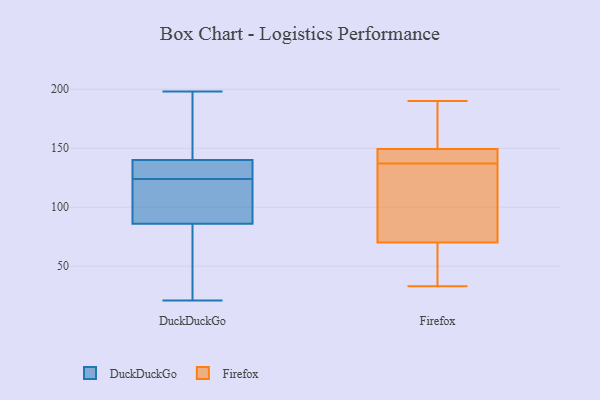
{"axis": {"x": "Humidity (%)", "y": "Value"}, "legend": ["DuckDuckGo", "Firefox"], "data": [{"x": "", "y": 95, "type": "DuckDuckGo"}, {"x": "", "y": 198, "type": "DuckDuckGo"}, {"x": "", "y": 54, "type": "DuckDuckGo"}, {"x": "", "y": 79, "type": "DuckDuckGo"}, {"x": "", "y": 92, "type": "DuckDuckGo"}, {"x": "", "y": 133, "type": "DuckDuckGo"}, {"x": "", "y": 115, "type": "DuckDuckGo"}, {"x": "", "y": 136, "type": "DuckDuckGo"}, {"x": "", "y": 86, "type": "DuckDuckGo"}, {"x": "", "y": 21, "type": "DuckDuckGo"}, {"x": "", "y": 135, "type": "DuckDuckGo"}, {"x": "", "y": 183, "type": "DuckDuckGo"}, {"x": "", "y": 140, "type": "DuckDuckGo"}, {"x": "", "y": 183, "type": "DuckDuckGo"}, {"x": "", "y": 146, "type": "Firefox"}, {"x": "", "y": 72, "type": "Firefox"}, {"x": "", "y": 112, "type": "Firefox"}, {"x": "", "y": 150, "type": "Firefox"}, {"x": "", "y": 190, "type": "Firefox"}, {"x": "", "y": 143, "type": "Firefox"}, {"x": "", "y": 64, "type": "Firefox"}, {"x": "", "y": 117, "type": "Firefox"}, {"x": "", "y": 53, "type": "Firefox"}, {"x": "", "y": 176, "type": "Firefox"}, {"x": "", "y": 149, "type": "Firefox"}, {"x": "", "y": 137, "type": "Firefox"}, {"x": "", "y": 33, "type": "Firefox"}]}